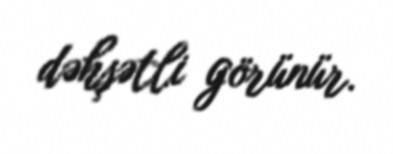
dəhşətli görünür.